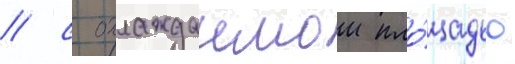
/ с охлаждаемои пло́щадью